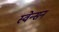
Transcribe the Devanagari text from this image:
स्वेन्सन